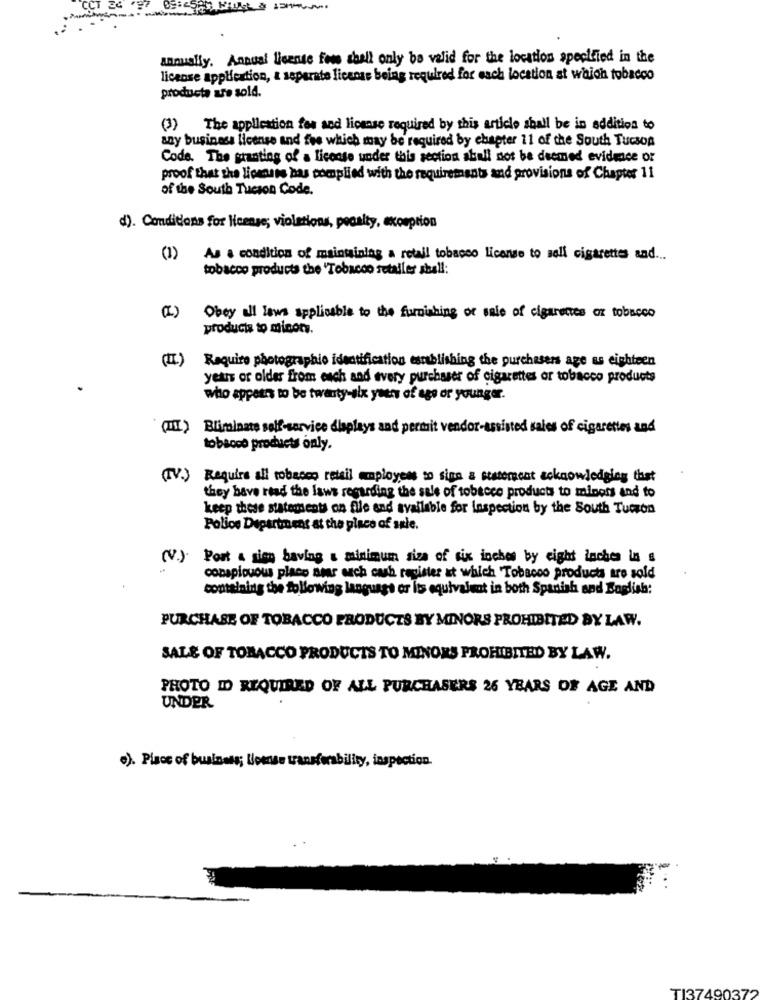
CCT EC
annually. Annual license for shell only be valid for the location specified in the
license application, a separate license being required for each location at which tobacco
products are sold.
(3) The application fee and license required by this article shall be in addition to
any business license and fee which may be required by chapter 11 of the South Tucson
Code. The granting of a license under this section shall not be deemed evidence or
proof that the licenses has complied with the requirements and provisions of Chapter 11
of the South Tucson Code.
d). Conditions for license; violations, pocalty, exception
(1)
As a condition of maintaining a retail tobacco license to sell cigarettes and ...
tobacco products the 'Tobacco setaller shall:
(I)
Obey all lows applicable to the furnishing of sale of cigarettes or tobacco
products to minor.
(I)
Require photographio identification establishing the purchasers age as eighteen
years or older from each and every purchaser of cigarettes or tobacco products
who appears to be twenty-six years of age or younger.
(III) Bliminate self-service dlaplays and permit vendor-assisted sales of cigarettes and
tobacco products only.
(IV.) Require all tobacco retail employee so siga a statement acknowledging that
they have read the laws regarding the sale of tobacco products to minots and to
keep these statements on file and available for inspection by the South Tucson
Police Department at the place of sale.
Port & sion having a minimum size of six inches by eight inches in s
conspicuous place amar och cash register at which Tobacco products are sold
containing the following language or its equivalent in both Spanish and Boglish:
PURCHASE OF TOBACCO PRODUCTS BY MINORS PROHIBITED BY LAW.
SALE OF TOBACCO PRODUCTS TO MINORS PROHIBITED BY LAW.
PHOTO ID REQUIRED OF ALL PURCHASERS 26 YEARS OF AGE AND
UNDER
·). Place of business; license transforability, inspection.
TI37490372